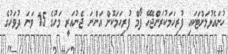
ހުށައެޅުމަށްޓަކައި ފުރިހަމަކުރަންޖެހޭ ފޯމް ފުރިހަމަކޮށް އަންނަ ޖެނުއަރީ މަހުގެ 15 ވަނަ ދުވަހުގެ